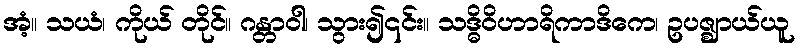
အံ့။ သယံ၊ ကိုယ် တိုင်။ ဂန္တာဝါ၊ သွား၍၎င်း။ သဒ္ဓိဝိဟာရိကာဒိကေ၊ ဥပဇ္ဈာယ်ယူ